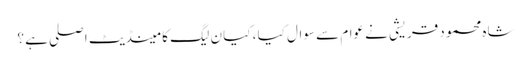
شاہ محمود قریشی نے عوام سے سوال کیا ، کیا ن لیگ کا مینڈیٹ اصلی ہے ؟